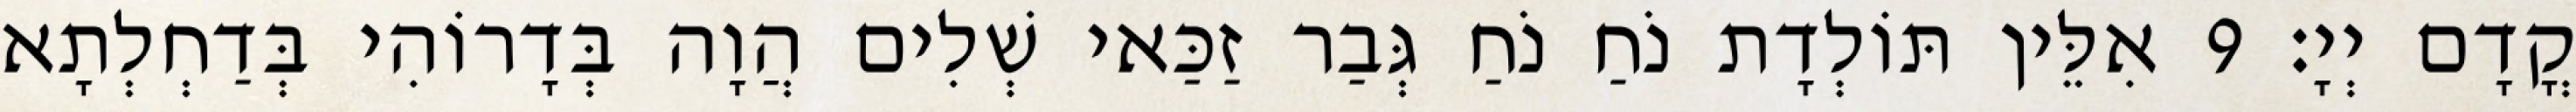
קֳדָם יְיָ׃ 9 אִלֵּין תּוֹלְדָת נֹחַ נֹחַ גְּבַר זַכַּאי שְׁלִים הֲוָה בְּדָרוֹהִי בְּדַחְלְתָא